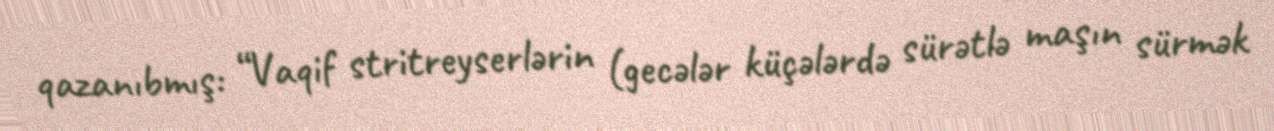
qazanıbmış: “Vaqif stritreyserlərin (gecələr küçələrdə sürətlə maşın sürmək